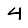
Digit: 4